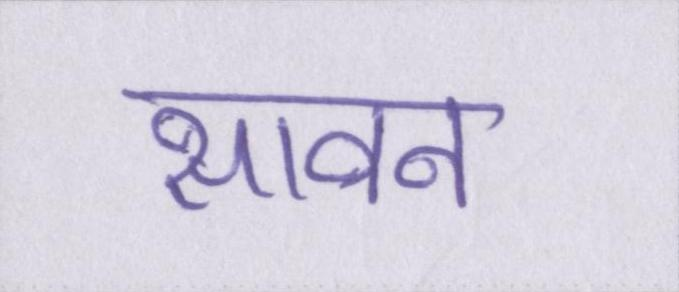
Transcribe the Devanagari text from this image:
सावन